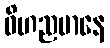
ဝိဟညမာနေ